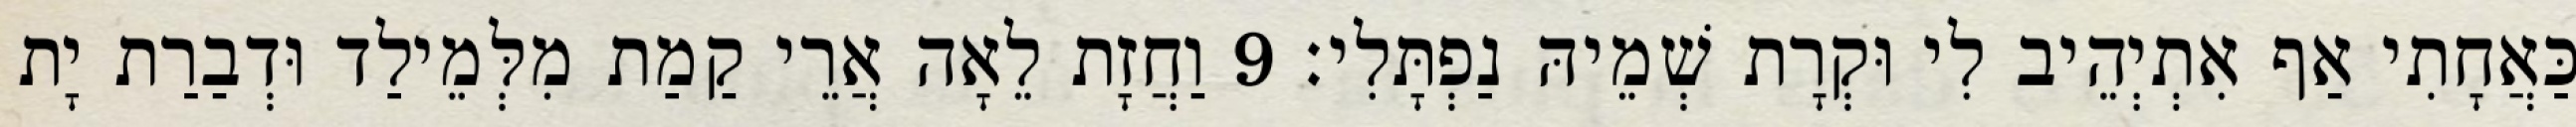
כַּאֲחָתִי אַף אִתְיְהֵיב לִי וּקְרָת שְׁמֵיהּ נַפְתָּלִי׃ 9 וַחֲזָת לֵאָה אֲרֵי קַמַת מִלְּמֵילַד וּדְבַרַת יָת